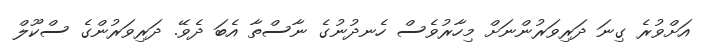
އަށްވުރެ ގިނަ ދަރިވަރުންނަށް މިހާރުވެސް ހެނދުނުގެ ނާސްތާ އެބަ ދެވޭ. ދަރިވަރުންގެ ސްކޫލް